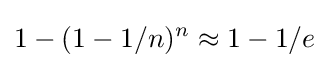
1-(1-1/n)^{n}\approx 1-1/e